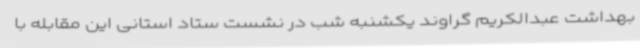
بهداشت عبدالکریم گراوند یکشنبه شب در نشست ستاد استانی این مقابله با